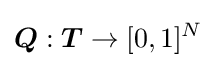
{\boldsymbol {Q}}:{\boldsymbol {T}}\rightarrow [0,1]^{N}